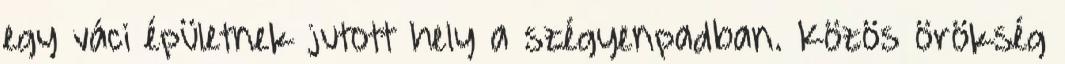
egy váci épületnek jutott hely a szégyenpadban. Közös örökség